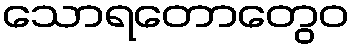
သောရတောတွေဝ